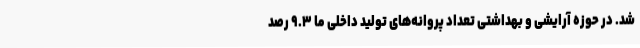
شد. در حوزه آرایشی و بهداشتی تعداد پروانه‌های تولید داخلی ما ۹.۳ رصد